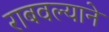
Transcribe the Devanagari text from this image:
राबवल्याने